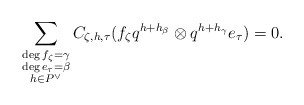
\begin{align*}\sum_{\substack{\deg f_\zeta = \gamma \\ \deg e_\tau = \beta \\ h\in P^\vee}} C_{\zeta, h,\tau} (f_\zeta q^{h+h_\beta} \otimes q^{h+h_{\gamma}}e_\tau)= 0.\end{align*}